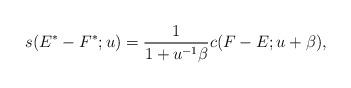
LaTeX: \begin{align*} s(E^*-F^*;u) = \frac{1}{1+u^{-1}\beta}c(F-E;u+\beta),\end{align*}